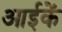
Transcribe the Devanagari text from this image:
आईकें